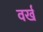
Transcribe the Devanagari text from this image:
वर्ख